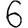
Digit: 6